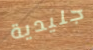
جليدية